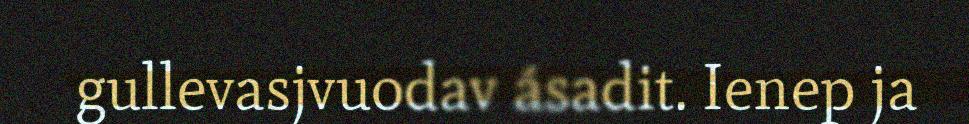
gullevasjvuodav ásadit. Ienep ja